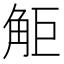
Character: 𧣒